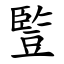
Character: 䜿